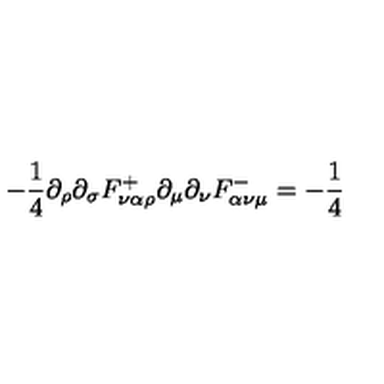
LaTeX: - { \frac { 1 } { 4 } } \partial _ { \rho } \partial _ { \sigma } F _ { \nu \alpha \rho } ^ { + } \partial _ { \mu } \partial _ { \nu } F _ { \alpha \nu \mu } ^ { - } = - { \frac { 1 } { 4 } }